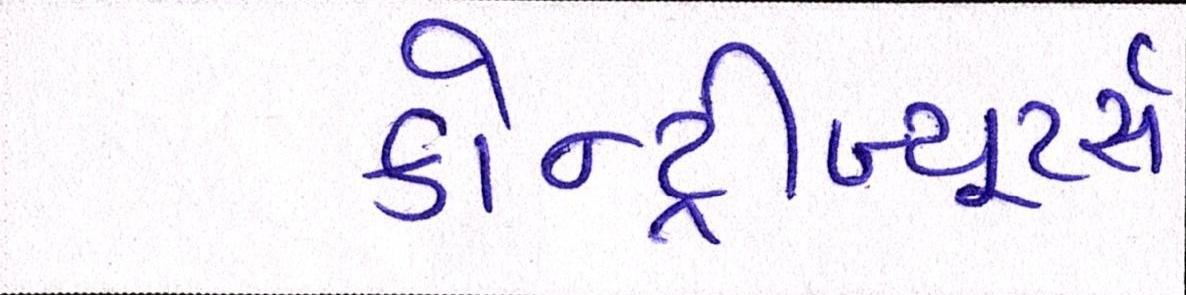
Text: કોન્ટ્રીબ્યૂટર્સઃ